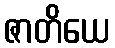
ဇာတိယေ